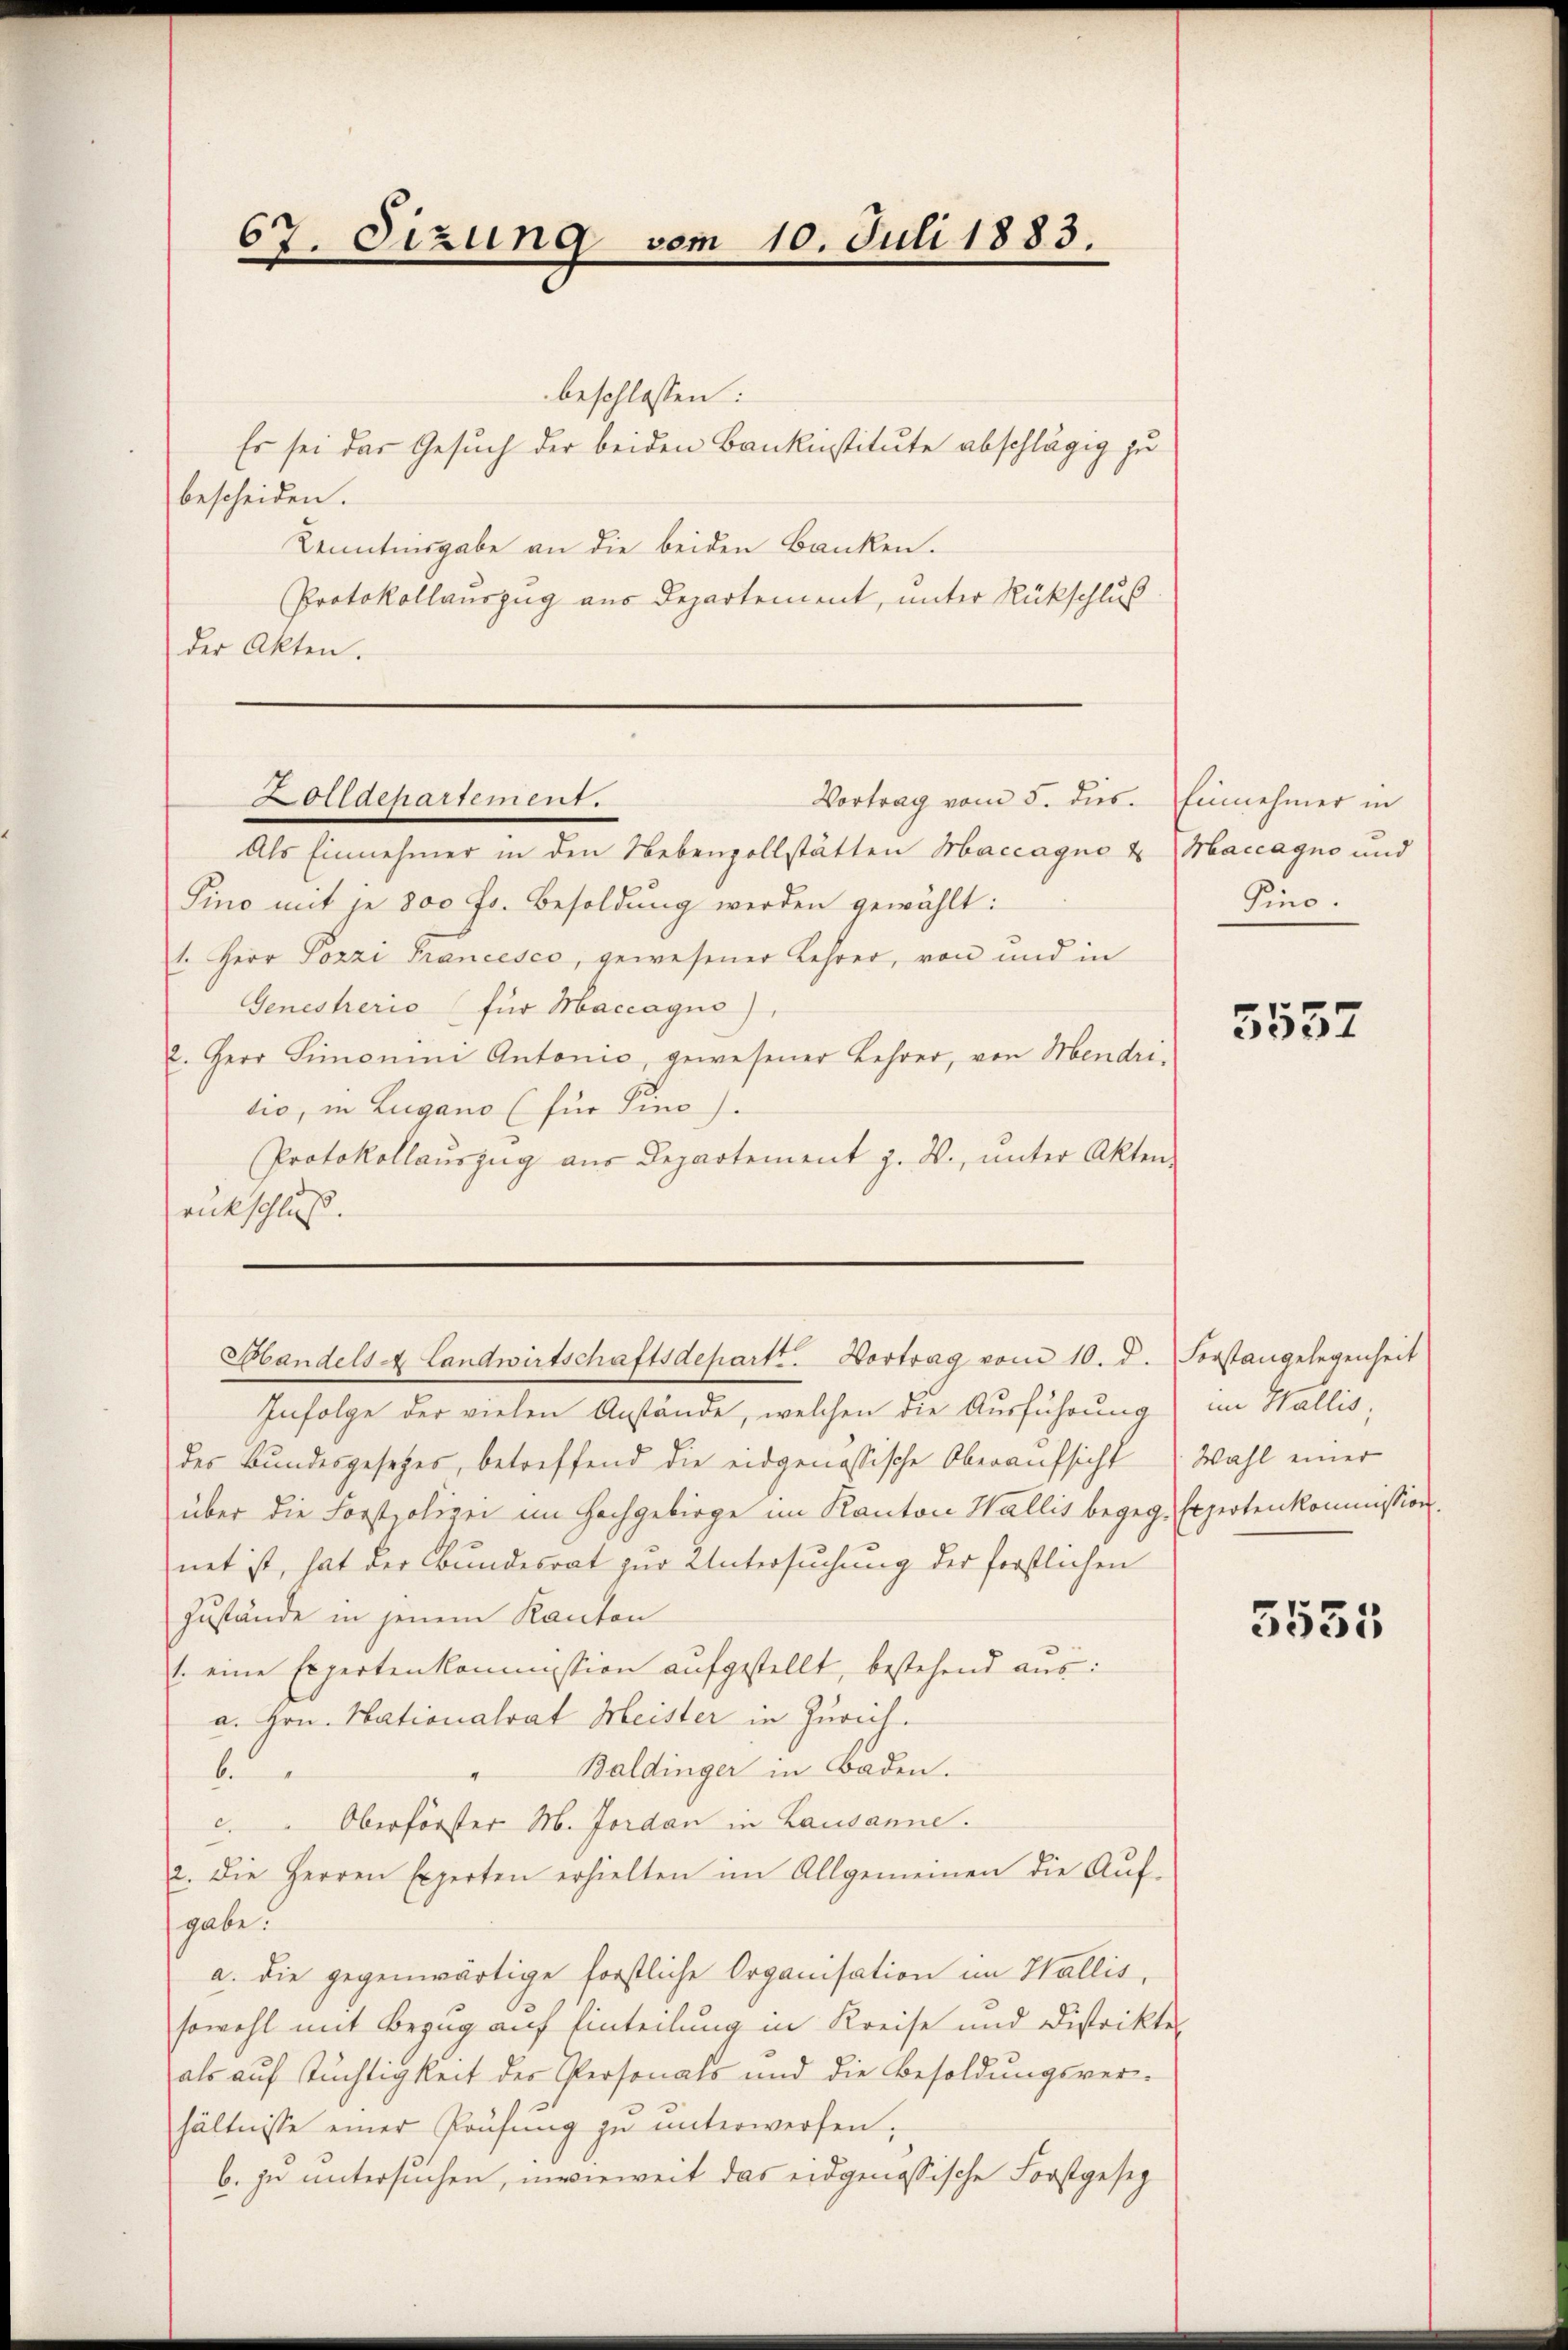
67. Sizung vom 10. Juli 1883.

beschlossen:
Es sei das Gesuch der beiden Bankinstitute abschlägig zu
bescheiden.
Kenntnisgabe an die beiden Banken.
Protokollauszug aus Departement, unter Rückschluß
der Akten.
Als Einnehmer in den Nebenzollstätten Maccagne & Maccagno und
Sino mit je 800 Fr. Besoldung werden gewählt:
1. Herr Pozzi Francesco, gewesener Lehrer, von und in
Genesherio für Maccagus)
2. Herr Simonini Antonio, gewesener Lehrer, von Mendri
tio, in Lugano (für Sino).
Protokollaŭszŭg aŭs Departement z. B., ŭnter Akten
rückschluß.
Ebbandels A. Landwirtschaftsdepartt. Vortrag vom 10. d. Forstangelegenheit
Infolge der vielen Anstände, welchen die Ausführung
des Bundesgesetzes, betreffend die eidgenössische Oberaufsicht
über die Forstpolizei im Hochgebirge im Kanton Wallis begeg- Expertenkommission.
net ist, hat der Bundesrat zur Untersuchung der forstlichen
Zustände in jenem Kanton
1. eine Expertenkommission aufgestellt, bestehend aus:
a. Hrn. Nationalrat Meister in Zürich
" Baldinger in Baden.
b
c. Oberförster M. Jordan in Lausanne.
2. Die Herren Experten erhielten im Allgemeinen die Auf-
gabe.
a. die gegenwärtige forstliche Organisation im Wallis,
sowohl mit Bezug auf Einteilung in Kreise und Distrikter
als aŭf Tüchtigkeit der Personals und die Besoldŭngsver-
hältnisse einer Prüfŭng zŭ ŭnterwerfen.
b. zu untersuchen, inwieweit das eidgenössische Forstgesez

Holldepartement.
Vortrag vom 5. dies. Einnehmer in

Pino.

3557

im Wallis,
Wahl einer

3535